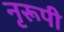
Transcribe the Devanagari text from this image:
नृरूपी